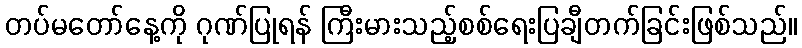
တပ်မတော်နေ့ကို ဂုဏ်ပြုရန် ကြီးမားသည့်စစ်ရေးပြချီတက်ခြင်းဖြစ်သည်။